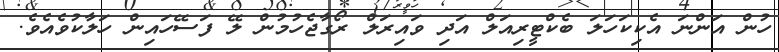
ހުން އަންނަ އެކިކަހަލަ ބެކްޓީރިއަލް އަދި ވައިރަލް ރޯގާޖެހުމުން ލޭ ފަސޭހައިން ހަލާކުވެއެވެ.